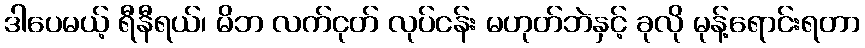
ဒါပေမယ့် ရီနီရယ်၊ မိဘ လက်ငုတ် လုပ်ငန်း မဟုတ်ဘဲနှင့် ခုလို မုန့်ရောင်းရတာ